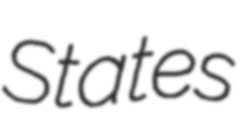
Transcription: States